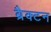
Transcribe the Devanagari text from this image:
ब्रैक्टन